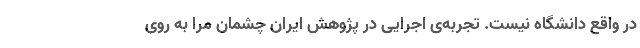
در واقع دانشگاه نیست. تجربه‌ی اجرایی در پژوهش ایران چشمان مرا به ‌روی